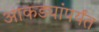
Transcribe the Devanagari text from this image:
आकड्यांपर्यंत